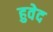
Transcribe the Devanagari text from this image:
हुवेद